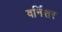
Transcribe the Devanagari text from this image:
वर्निशर